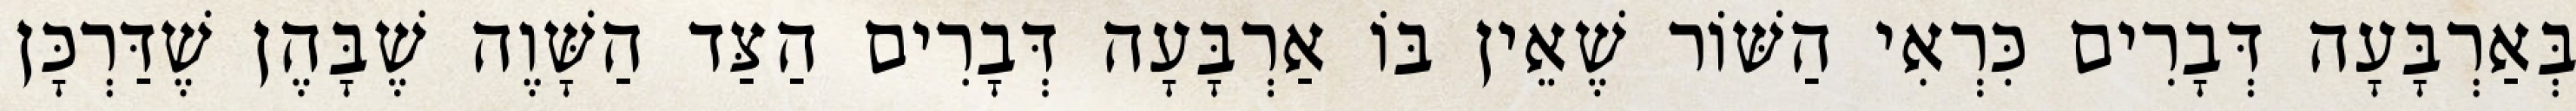
בְּאַרְבָּעָה דְּבָרִים כִּרְאִי הַשּׁוֹר שֶׁאֵין בּוֹ אַרְבָּעָה דְּבָרִים הַצַּד הַשָּׁוֶה שֶׁבָּהֶן שֶׁדַּרְכָּן